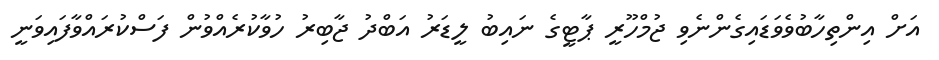
އަށް އިންތިހާބުވެވަޑައިގެންނެވި ޖުމްހޫރީ ޕާޓީގެ ނައިބު ލީޑަރު އަބްދު ޖާބިރު ހުވާކުރެއްވުން ފަސްކުރައްވާފައިވަނީ